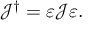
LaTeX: \mathcal { J } ^ { \dagger } = \varepsilon \mathcal { J } \varepsilon .